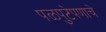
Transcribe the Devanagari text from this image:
पळपुटेपणाचे